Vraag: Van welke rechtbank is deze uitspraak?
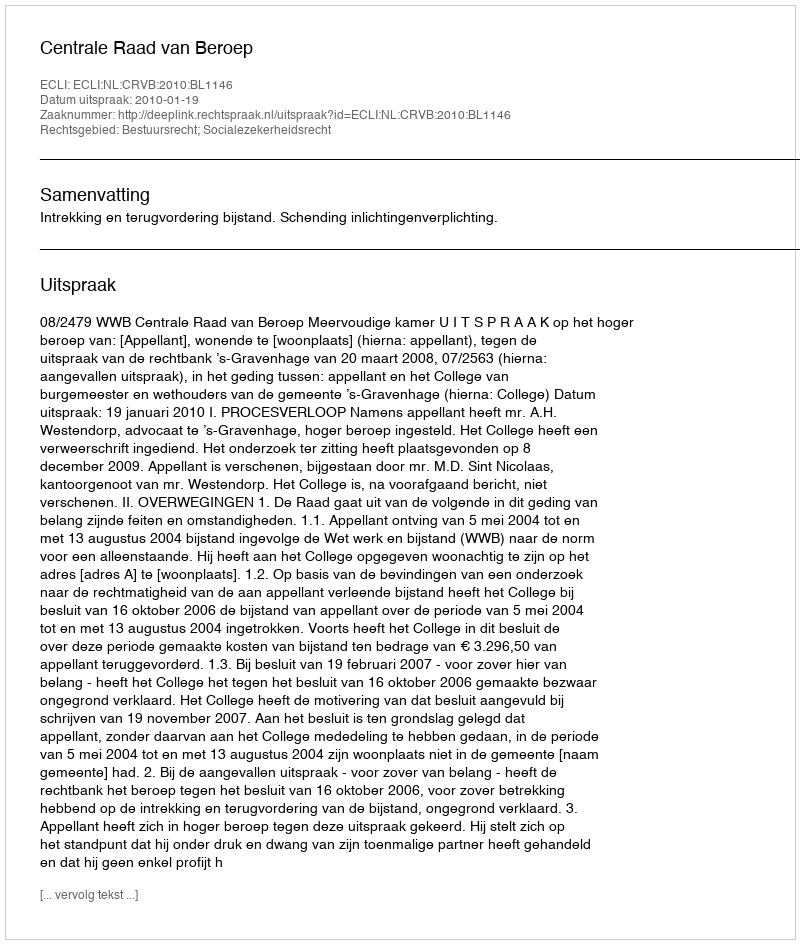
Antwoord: Centrale Raad van Beroep